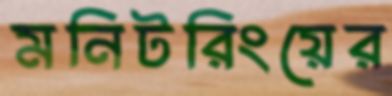
মনিটরিংয়ের